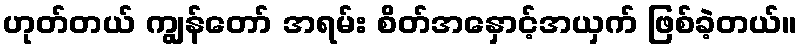
ဟုတ်တယ် ကျွန်တော် အရမ်း စိတ်အနှောင့်အယှက် ဖြစ်ခဲ့တယ်။